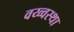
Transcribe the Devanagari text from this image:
वय्व्वस्था